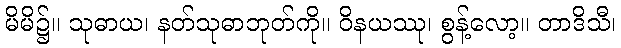
မိမိ၌။ သုဓာယ၊ နတ်သုဓာဘုတ်ကို။ ဝိနယဿု၊ စွန့်လော့။ တာဒိသီ၊